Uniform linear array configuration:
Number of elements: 32
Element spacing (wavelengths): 0.75
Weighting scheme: hamming
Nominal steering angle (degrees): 15
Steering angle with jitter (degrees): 13.175
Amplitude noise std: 0.05
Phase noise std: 0.05

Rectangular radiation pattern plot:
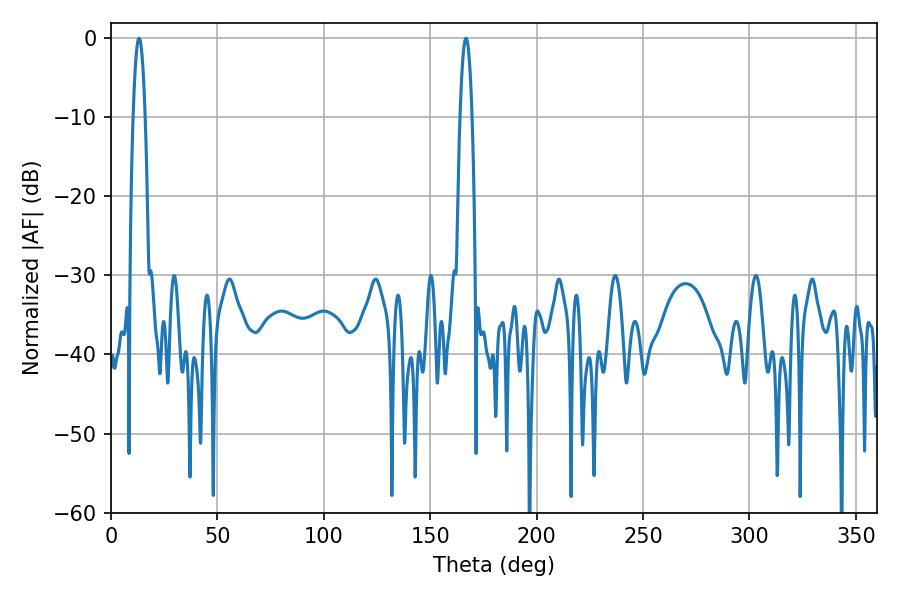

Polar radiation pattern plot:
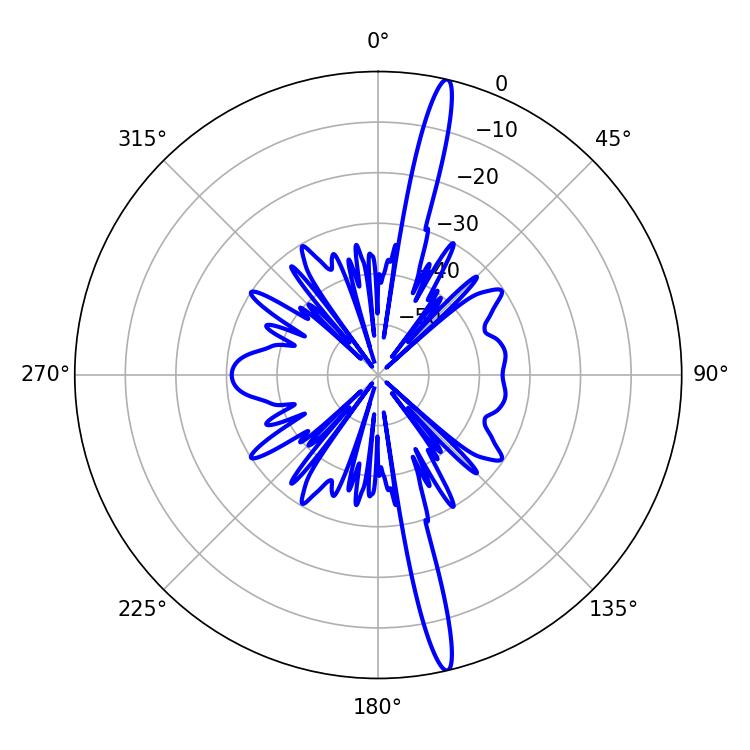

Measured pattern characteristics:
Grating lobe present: TRUE
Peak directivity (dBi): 18.698
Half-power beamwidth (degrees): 3.06
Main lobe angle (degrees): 13.14